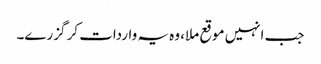
جب انہیں موقع ملا، وہ یہ واردات کر گزرے۔